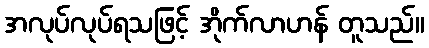
အလုပ်လုပ်ရသဖြင့် အိုက်လာဟန် တူသည်။